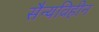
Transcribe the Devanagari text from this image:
सैन्यविहीन